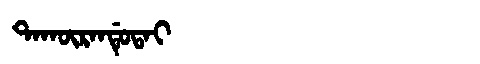
Manchu: ᡨᠠᡴᡡᡵᠠᠨᡩᡠᡨᠠᡳ
Romanization: TAKŪRANDUTAI